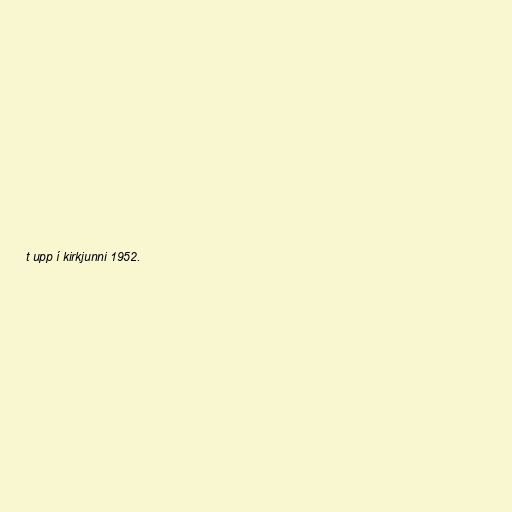
t upp í kirkjunni 1952.